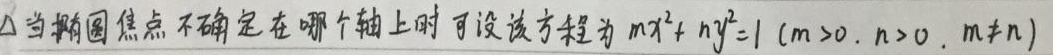
$\triangle$当椭圆焦点不确定在哪个轴上时，可设该方程为$mx^{2}+ny^{2}=1$（$m > 0$, $n > 0$, $m\neq n$）